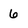
Character: 6